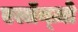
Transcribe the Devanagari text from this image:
एलॉन्ज़ो